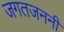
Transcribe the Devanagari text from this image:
जगतजननी